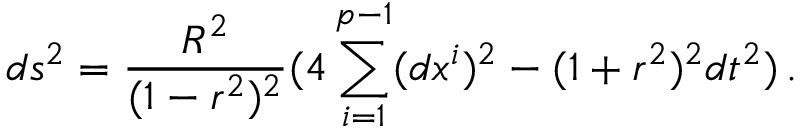
d s ^ { 2 } = \frac { R ^ { 2 } } { ( 1 - r ^ { 2 } ) ^ { 2 } } ( 4 \sum _ { i = 1 } ^ { p - 1 } ( d x ^ { i } ) ^ { 2 } - ( 1 + r ^ { 2 } ) ^ { 2 } d t ^ { 2 } ) \, .